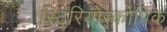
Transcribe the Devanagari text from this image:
स्टिरियोस्कोपिक